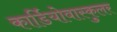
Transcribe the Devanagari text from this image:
कार्डियोवास्कुलर